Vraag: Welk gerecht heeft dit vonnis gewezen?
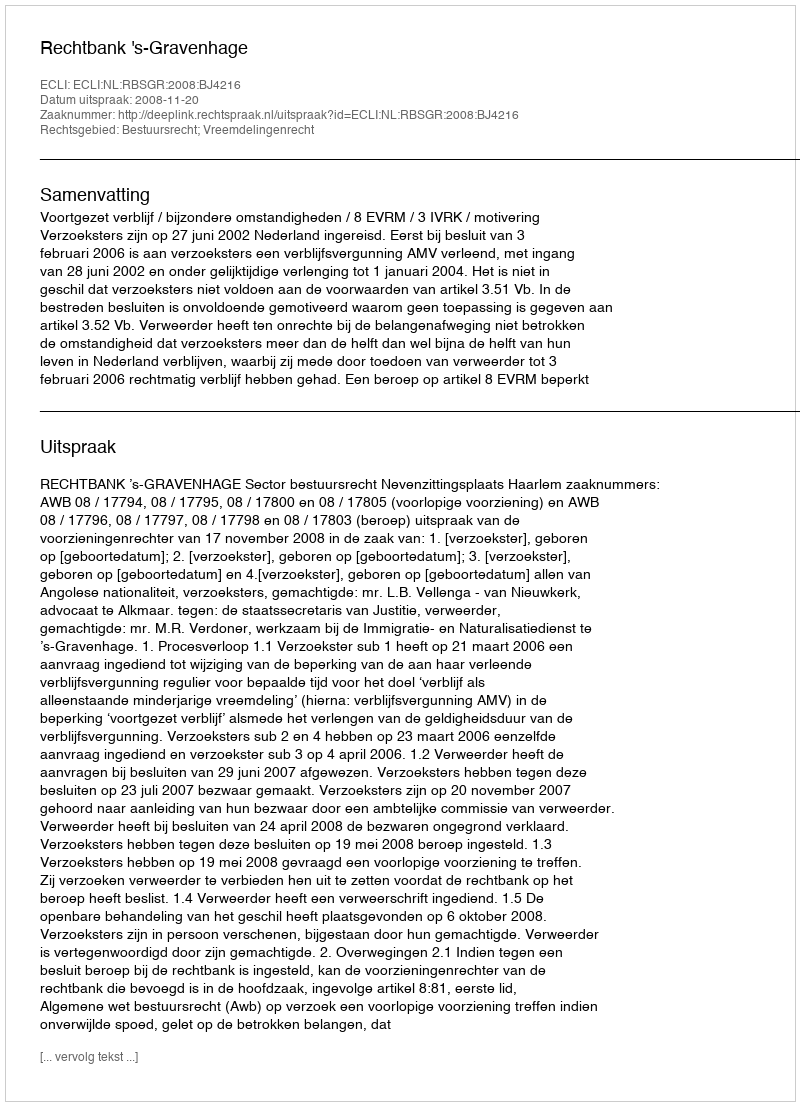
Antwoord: Rechtbank 's-Gravenhage